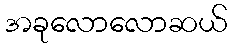
အခုလောလောဆယ်